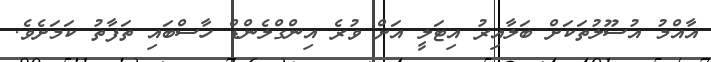
އާއްމު އުސޫލުތަކަށް ބަލާއިރު އިޓަލީ އަށް ވުރެ އިންގްލެންޑް ހާސްބައި ތަފާތު ކަމަށެވެ.